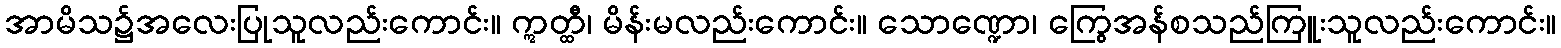
အာမိသ၌အလေးပြုသူလည်းကောင်း။ ဣတ္ထီ၊ မိန်းမလည်းကောင်း။ သောဏ္ဍော၊ ကြွေအန်စသည်ကြူးသူလည်းကောင်း။